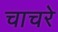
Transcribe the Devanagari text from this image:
चाचरे